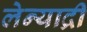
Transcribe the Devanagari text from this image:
लेन्याद्री